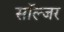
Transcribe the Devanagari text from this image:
साॅल्जर